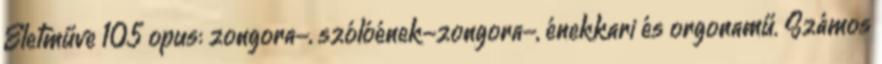
Életműve 105 opus: zongora-, szólóének-zongora-, énekkari és orgonamű. Számos